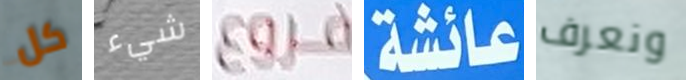
كل شيء فروع عائشة ونعرف